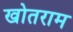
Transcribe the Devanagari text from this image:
खोतराम